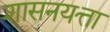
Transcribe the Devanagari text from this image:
शासनयत्ता